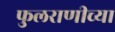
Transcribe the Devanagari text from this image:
फुलराणीच्या